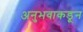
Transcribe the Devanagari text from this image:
अनुभवाकडून